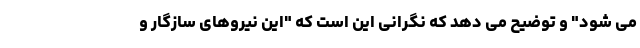
می شود" و توضیح می دهد که نگرانی این است که "این نیروهای سازگار و